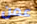
عمن